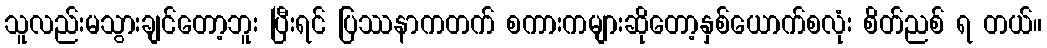
သူလည်းမသွားချင်တော့ဘူး ပြီးရင် ပြဿနာကတက် စကားကများဆိုတော့နှစ်ယောက်စလုံး စိတ်ညစ် ရ တယ်။